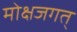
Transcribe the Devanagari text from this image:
मोक्षजगत्